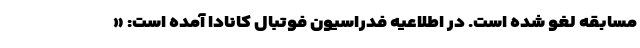
مسابقه لغو شده است. در اطلاعیه فدراسیون فوتبال کانادا آمده است: «